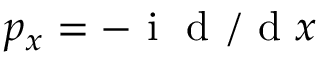
p _ { x } = - \ensuremath { \mathrm { ~ i ~ } } \ensuremath { \mathrm { ~ d ~ } } / \ensuremath { \mathrm { ~ d ~ } } x